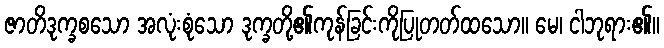
ဇာတိဒုက္ခစသော အလုံးစုံသော ဒုက္ခတို့၏ကုန်ခြင်းကိုပြုတတ်ထသော။ မေ၊ ငါဘုရား၏။